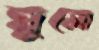
ঘুসো